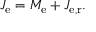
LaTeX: J _ { \mathrm { e } } = M _ { \mathrm { e } } + J _ { \mathrm { e , r } } .